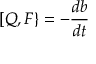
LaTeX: [ Q , F \} = - { \frac { d b } { d t } }